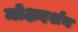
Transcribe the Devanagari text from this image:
मोक्षदर्शन